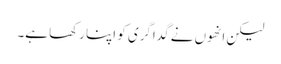
لیکن انھوں نے گداگری کو اپنا رکھا ہے۔